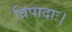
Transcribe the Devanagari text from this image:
त्रिपादाः।